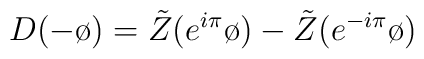
D(-\o)=\tilde{Z}(e^{i\pi}\o)-\tilde{Z}(e^{-i\pi}\o)